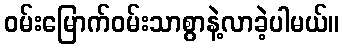
ဝမ်းမြောက်ဝမ်းသာစွာနဲ့လာခဲ့ပါမယ်။